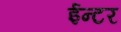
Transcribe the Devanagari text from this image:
ईन्टर